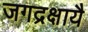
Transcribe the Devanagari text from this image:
जगद्रक्षायै